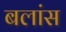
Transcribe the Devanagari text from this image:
बलांस